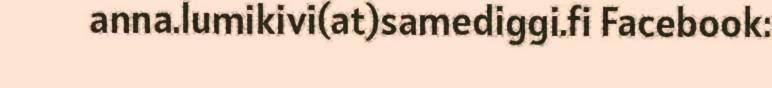
anna.lumikivi(at)samediggi.fi Facebook: